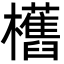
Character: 欍